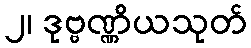
၂၊ ဒုဗ္ဗဏ္ဏိယသုတ်